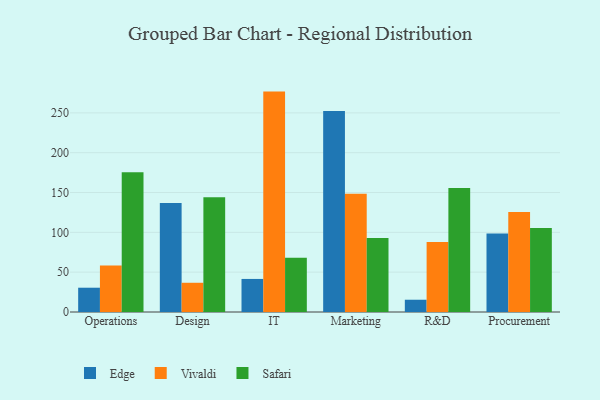
{"axis": {"x": "Department", "y": "Budget (USD K)"}, "legend": ["Edge", "Safari", "Vivaldi"], "data": [{"x": "Operations", "y": 30.5, "type": "Edge"}, {"x": "Operations", "y": 58.5, "type": "Vivaldi"}, {"x": "Operations", "y": 175.4, "type": "Safari"}, {"x": "Design", "y": 136.9, "type": "Edge"}, {"x": "Design", "y": 36.7, "type": "Vivaldi"}, {"x": "Design", "y": 144.1, "type": "Safari"}, {"x": "IT", "y": 41.5, "type": "Edge"}, {"x": "IT", "y": 276.7, "type": "Vivaldi"}, {"x": "IT", "y": 68.2, "type": "Safari"}, {"x": "Marketing", "y": 252.4, "type": "Edge"}, {"x": "Marketing", "y": 148.6, "type": "Vivaldi"}, {"x": "Marketing", "y": 93.0, "type": "Safari"}, {"x": "R&D", "y": 15.4, "type": "Edge"}, {"x": "R&D", "y": 87.8, "type": "Vivaldi"}, {"x": "R&D", "y": 155.6, "type": "Safari"}, {"x": "Procurement", "y": 98.4, "type": "Edge"}, {"x": "Procurement", "y": 125.5, "type": "Vivaldi"}, {"x": "Procurement", "y": 105.6, "type": "Safari"}]}